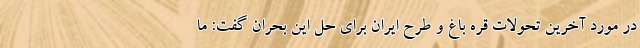
در مورد آخرین تحولات قره باغ و طرح ایران برای حل این بحران گفت: ما